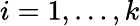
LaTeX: i=1,\dots,k